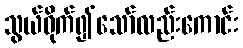
သွယ်ဝိုက်၍သော်လည်းကောင်း